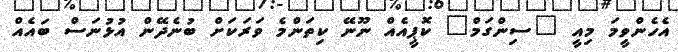
އެހެންވީމަ މިއީ "ސިންގަމް" ކޮޕީއެއް ނޫނޭ ކިތަންމެ ވަރަކަށް ބުނެދޭން އުޅުނަސް ބައެއް